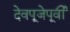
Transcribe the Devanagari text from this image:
देवपूजेपूर्वी